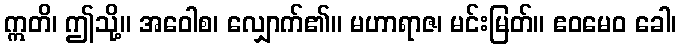
ဣတိ၊ ဤသို့။ အဝေါစ၊ လျှောက်၏။ မဟာရာဇ၊ မင်းမြတ်။ ဧဝမေဝ ခေါ၊